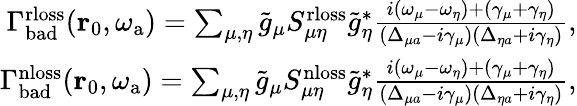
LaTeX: \begin{array}{r}{\Gamma_{\mathrm{bad}}^{\mathrm{rloss}}(\mathbf{r}_{0},{\omega_{\mathrm{a}}})=\sum_{\mu,\eta}\tilde{g}_{\mu}S_{\mu\eta}^{\mathrm{rloss}}\tilde{g}_{\eta}^{*}\frac{i(\omega_{\mu}-\omega_{\eta})+(\gamma_{\mu}+\gamma_{\eta})}{(\Delta_{\mu a}-i\gamma_{\mu})(\Delta_{\eta a}+i\gamma_{\eta})},}\\ {\Gamma_{\mathrm{bad}}^{\mathrm{nloss}}(\mathbf{r}_{0},{\omega_{\mathrm{a}}})=\sum_{\mu,\eta}\tilde{g}_{\mu}S_{\mu\eta}^{\mathrm{nloss}}\tilde{g}_{\eta}^{*}\frac{i(\omega_{\mu}-\omega_{\eta})+(\gamma_{\mu}+\gamma_{\eta})}{(\Delta_{\mu a}-i\gamma_{\mu})(\Delta_{\eta a}+i\gamma_{\eta})},}\end{array}